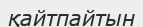
қайтпайтын